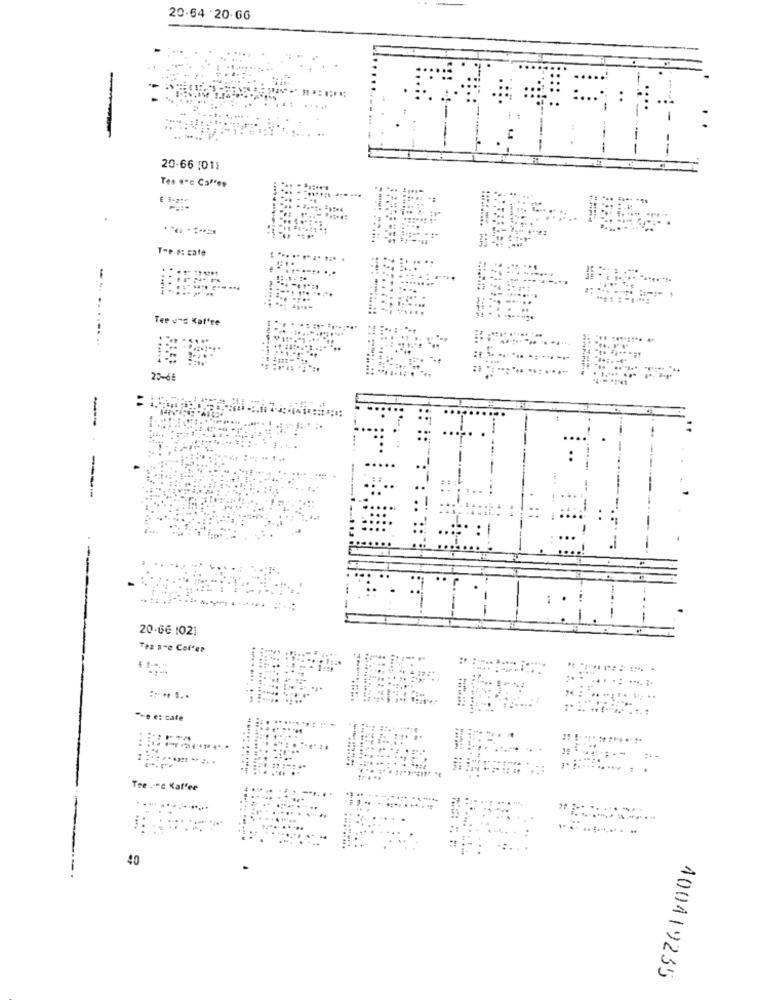
20-64 '20.66
---
20-66 :011
Tes ."c Coffee
E 5-21
Tre #: cafe
.....
..
.........
Tee und Kaffee
............
20-66
--
20.66 1021
Taz a-e Coffee
....-......
"-e e: cate
.-
..
Tre : "C Kaffee
.. .......
40
400419235